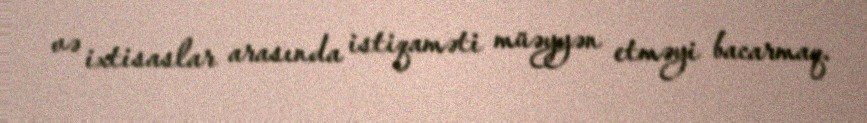
və ixtisaslar arasında istiqaməti müəyyən etməyi bacarmaq.